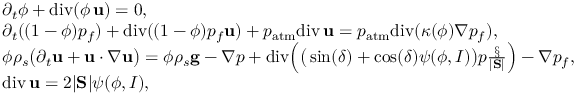
\begin{array} { r l } & { \partial _ { t } \phi + \mathrm { d i v } ( \phi \, { \bf u } ) = 0 , } \\ & { \partial _ { t } ( ( 1 - \phi ) p _ { f } ) + \mathrm { d i v } ( ( 1 - \phi ) p _ { f } { \bf u } ) + p _ { \mathrm { a t m } } \mathrm { d i v } \, { \bf u } = p _ { \mathrm { a t m } } \mathrm { d i v } ( \kappa ( \phi ) \nabla p _ { f } ) , } \\ & { \phi \rho _ { s } \big ( \partial _ { t } { \bf u } + { \bf u } \boldsymbol { \cdot } \nabla { \bf u } \big ) = \phi \rho _ { s } { \bf g } - \nabla p + \mathrm { d i v } \Big ( \big ( \sin ( \delta ) + \cos ( \delta ) \psi ( \phi , I ) \big ) p \frac { \S } { | \mathrm { \bf S } | } \Big ) - \nabla p _ { f } , } \\ & { \mathrm { d i v } \, { \bf u } = 2 | \mathrm { \bf S } | \psi ( \phi , I ) , } \end{array}